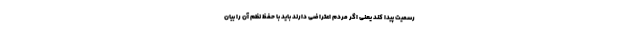
رسمیت پیدا کند یعنی اگر مردم اعتراضی دارند باید با حفظ نظم آن را بیان